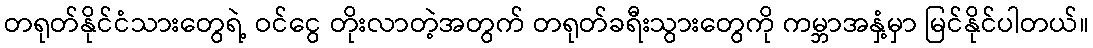
တရုတ်နိုင်ငံသားတွေရဲ့ ဝင်ငွေ တိုးလာတဲ့အတွက် တရုတ်ခရီးသွားတွေကို ကမ္ဘာအနှံ့မှာ မြင်နိုင်ပါတယ်။